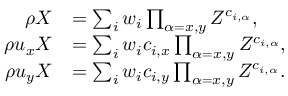
\begin{array} { r l } { \rho X } & { = \sum _ { i } w _ { i } \prod _ { \alpha = x , y } Z ^ { c _ { i , \alpha } } , } \\ { \rho u _ { x } X } & { = \sum _ { i } w _ { i } c _ { i , x } \prod _ { \alpha = x , y } Z ^ { c _ { i , \alpha } } , } \\ { \rho u _ { y } X } & { = \sum _ { i } w _ { i } c _ { i , y } \prod _ { \alpha = x , y } Z ^ { c _ { i , \alpha } } . } \end{array}